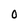
Character: O